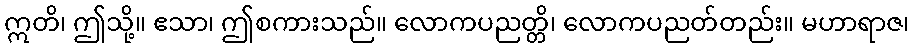
ဣတိ၊ ဤသို့။ ဧသာ၊ ဤစကားသည်။ လောကပညတ္တိ၊ လောကပညတ်တည်း။ မဟာရာဇ၊